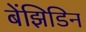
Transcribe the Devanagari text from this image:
बेंझिडिन